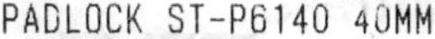
PADLOCK ST-P6140 40MM